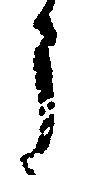
う